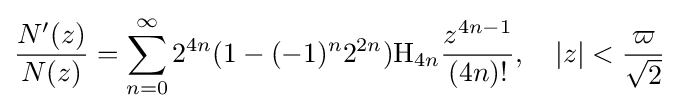
{\frac {N'(z)}{N(z)}}=\sum _{n=0}^{\infty }2^{4n}(1-(-1)^{n}2^{2n})\mathrm {H} _{4n}{\frac {z^{4n-1}}{(4n)!}},\quad \left|z\right|<{\frac {\varpi }{\sqrt {2}}}